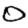
Digit: 0